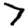
Digit: 7